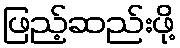
ဖြည့်ဆည်းဖို့